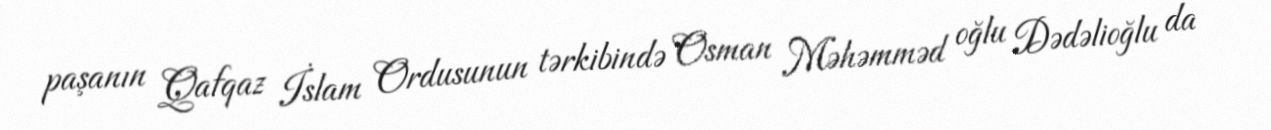
paşanın Qafqaz İslam Ordusunun tərkibində Osman Məhəmməd oğlu Dədəlioğlu da